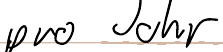
pro Jahr